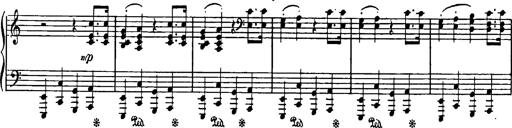
Title: Feierlicher Marsch zum heiligen Gral aus Parsifal
Composer: Franz Liszt